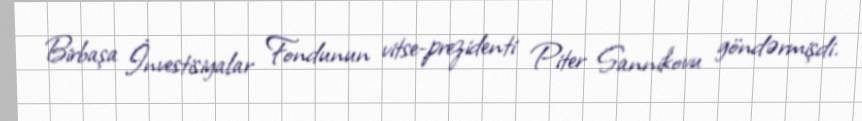
Birbaşa İnvestisiyalar Fondunun vitse-prezidenti Piter Sannikovu göndərmişdi.